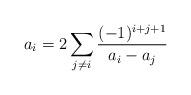
LaTeX: \begin{align*}a_i = 2 \sum_{j\not=i} \frac{(-1)^{i+j+1}}{a_i-a_j}\end{align*}